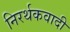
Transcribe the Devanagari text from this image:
निरर्थकवादी